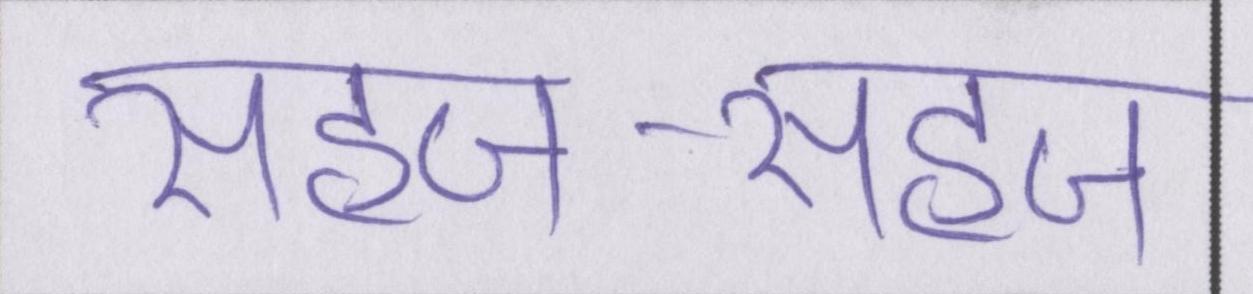
सहज-सहज